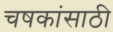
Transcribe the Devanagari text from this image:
चषकांसाठी